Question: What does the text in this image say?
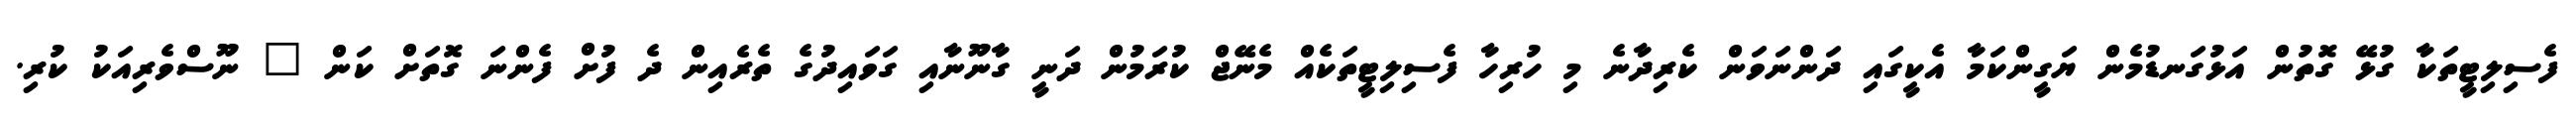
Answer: ފެސިލިޓީތަކާ ގުޅޭ ގޮތުން އަޅުގަނޑުމެން ޔަގީންކަމާ އެކީގައި ދަންނަވަން ކެރިދާނެ މި ހުރިހާ ފެސިލިޓީތަކެއް މެނޭޖް ކުރަމުން ދަނީ ގާނޫނާއި ގަވައިދުގެ ތެރެއިން ދެ ފުށް ފެންނަ ގޮތަށް ކަން " ނޫސްވެރިއަކު ކުރި.